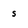
Character: s